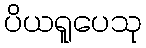
ပိယရူပေသု